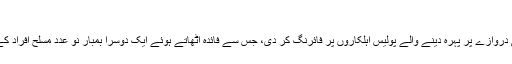
(06.07.2016)
تفصیلات کے مطابق ایک خود کُش بمبار نےمزار کے داخلی دروازے پر پہرہ دینے والے پولیس اہلکاروں پر فائرنگ کر دی، جس سے فائدہ اٹھاتے ہوئے ایک دوسرا بمبار نو عدد مسلح افراد کے ہمراہ مزار کے احاطے میں داخل ہونے میں کامیاب ہو گیا۔